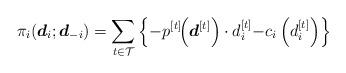
LaTeX: \begin{align*}\pi_i(\boldsymbol{d}_i;\boldsymbol{d}_{-i}) = \sum_{t \in \mathcal{T}}{ \left\{ -p^{[t]}\!\!\left(\boldsymbol{d}^{[t]}\right) \cdot d_i^{[t]} { - c_{i}\left(d_i^{[t]}\right)} \right\}} \end{align*}